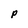
Character: P